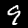
Label: 9